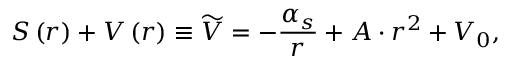
S \left( r \right) + V \left( r \right) \equiv \widetilde { V } = - \frac { \alpha _ { s } } { r } + A \cdot r ^ { 2 } + V _ { 0 } ,